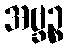
အဗ္ဘဉ္စ